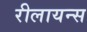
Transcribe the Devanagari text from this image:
रीलायन्स